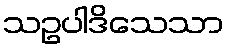
သဥပါဒိသေသာ